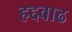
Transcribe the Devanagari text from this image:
हद्दवाढ